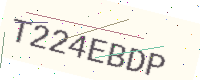
Text: T224EBDP